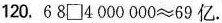
120.$$6 8 \Box 4 0 0 0 0 0 0 ≈ 6 9$$亿.